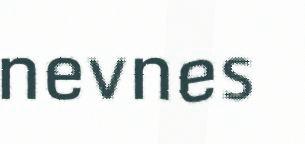
nevnes